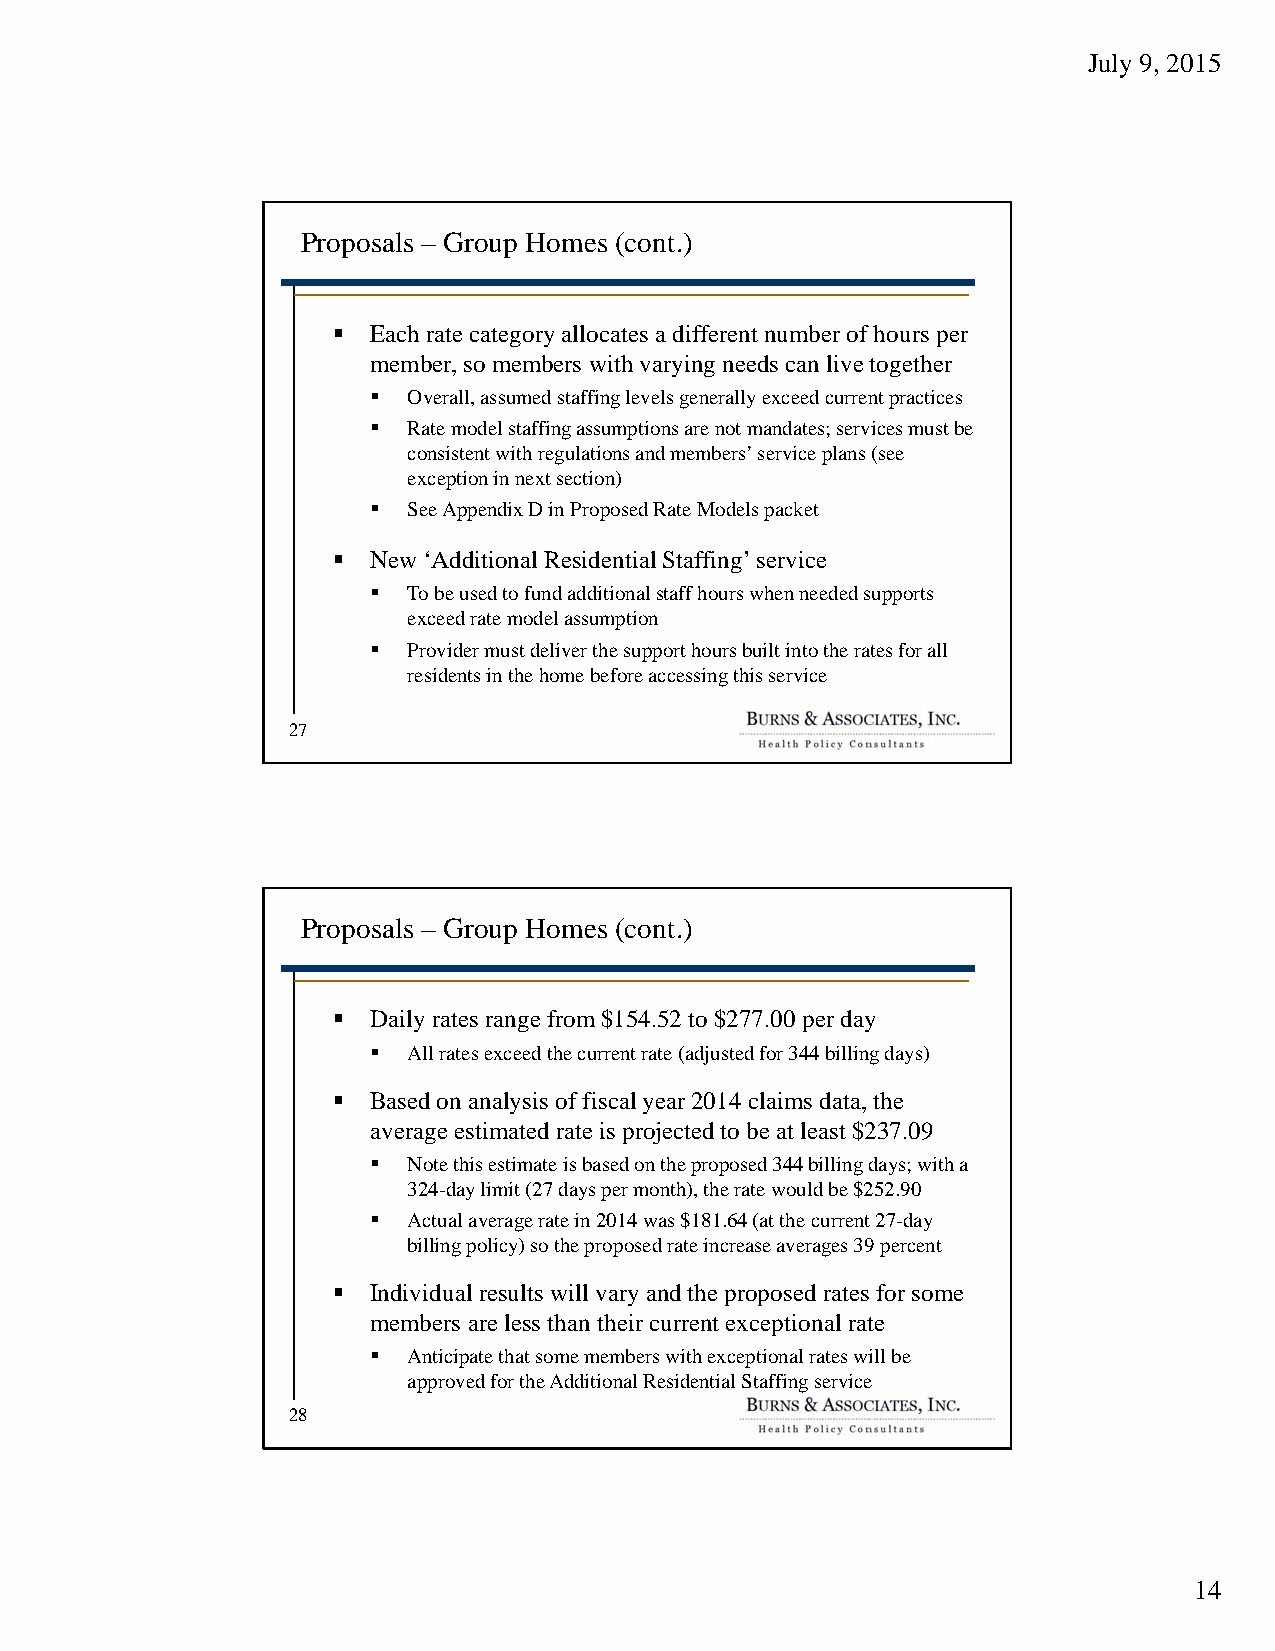
July 9, 2015
 Proposals – Group Homes (cont.)
  Each rate category allocates a different number of hours per
 member, so members with varying needs can live together
   Overall, assumed staffing levels generally exceed current practices
   Rate model staffing assumptions are not mandates; services must be
 consistent with regulations and members’ service plans (see
 exception in next section)
   See Appendix D in Proposed Rate Models packet
  New ‘Additional Residential Staffing’ service
   To be used to fund additional staff hours when needed supports
 exceed rate model assumption
   Provider must deliver the support hours built into the rates for all
 residents in the home before accessing this service
 27
 Proposals – Group Homes (cont.)
  Daily rates range from $154.52 to $277.00 per day
   All rates exceed the current rate (adjusted for 344 billing days)
  Based on analysis of fiscal year 2014 claims data, the
 average estimated rate is projected to be at least $237.09
   Note this estimate is based on the proposed 344 billing days; with a
 324-day limit (27 days per month), the rate would be $252.90
   Actual average rate in 2014 was $181.64 (at the current 27-day
 billing policy) so the proposed rate increase averages 39 percent
  Individual results will vary and the proposed rates for some
 members are less than their current exceptional rate
   Anticipate that some members with exceptional rates will be
 approved for the Additional Residential Staffing service
 28
 14